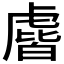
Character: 𰲧